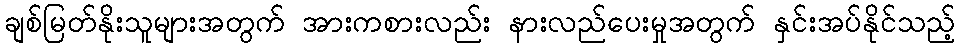
ချစ်မြတ်နိုးသူများအတွက် အားကစားလည်း နားလည်ပေးမှုအတွက် နှင်းအပ်နိုင်သည့်